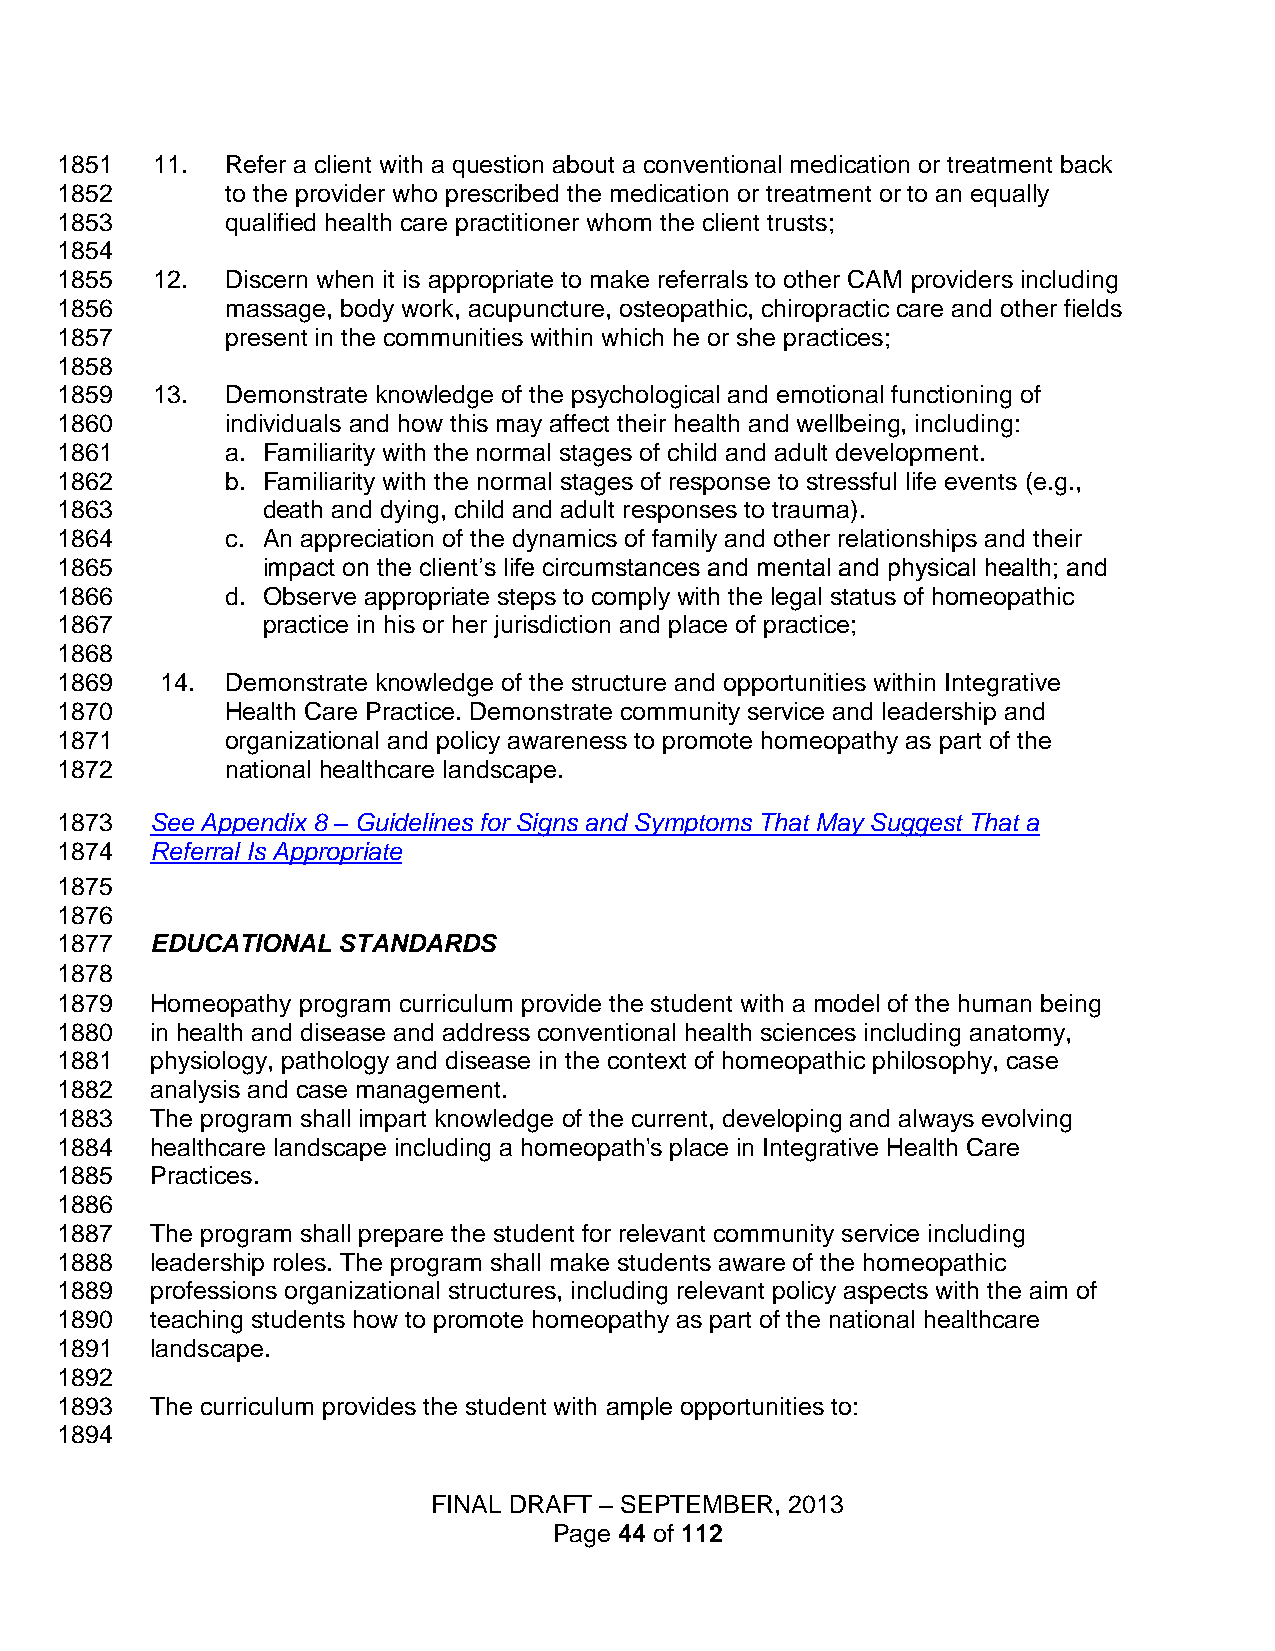
1851  11.  Refer a client with a question about a conventional medication or treatment back
 1852       to the provider who prescribed the medication or treatment or to an equally
 1853       qualified health care practitioner whom the client trusts;
 1854
 1855  12.  Discern when it is appropriate to make referrals to other CAM providers including
 1856       massage, body work, acupuncture, osteopathic, chiropractic care and other fields
 1857       present in the communities within which he or she practices;
 1858
 1859  13.  Demonstrate knowledge of the psychological and emotional functioning of
 1860       individuals and how this may affect their health and wellbeing, including:
 1861       a. Familiarity with the normal stages of child and adult development.
 1862       b. Familiarity with the normal stages of response to stressful life events (e.g.,
 1863         death and dying, child and adult responses to trauma).
 1864       c. An appreciation of the dynamics of family and other relationships and their
 1865         impact on the client’s life circumstances and mental and physical health; and
 1866       d. Observe appropriate steps to comply with the legal status of homeopathic
 1867         practice in his or her jurisdiction and place of practice;
 1868
 1869   14. Demonstrate knowledge of the structure and opportunities within Integrative
 1870       Health Care Practice. Demonstrate community service and leadership and
 1871       organizational and policy awareness to promote homeopathy as part of the
 1872       national healthcare landscape.
 1873  See Appendix 8 – Guidelines for Signs and Symptoms That May Suggest That a
 1874  Referral Is Appropriate
 1875
 1876
 1877  EDUCATIONAL STANDARDS
 1878
 1879  Homeopathy program curriculum provide the student with a model of the human being
 1880  in health and disease and address conventional health sciences including anatomy,
 1881  physiology, pathology and disease in the context of homeopathic philosophy, case
 1882  analysis and case management.
 1883  The program shall impart knowledge of the current, developing and always evolving
 1884  healthcare landscape including a homeopath's place in Integrative Health Care
 1885  Practices.
 1886
 1887  The program shall prepare the student for relevant community service including
 1888  leadership roles. The program shall make students aware of the homeopathic
 1889  professions organizational structures, including relevant policy aspects with the aim of
 1890  teaching students how to promote homeopathy as part of the national healthcare
 1891  landscape.
 1892
 1893  The curriculum provides the student with ample opportunities to:
 1894
 FINAL DRAFT – SEPTEMBER, 2013
 Page 44 of 112